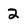
Character: 2